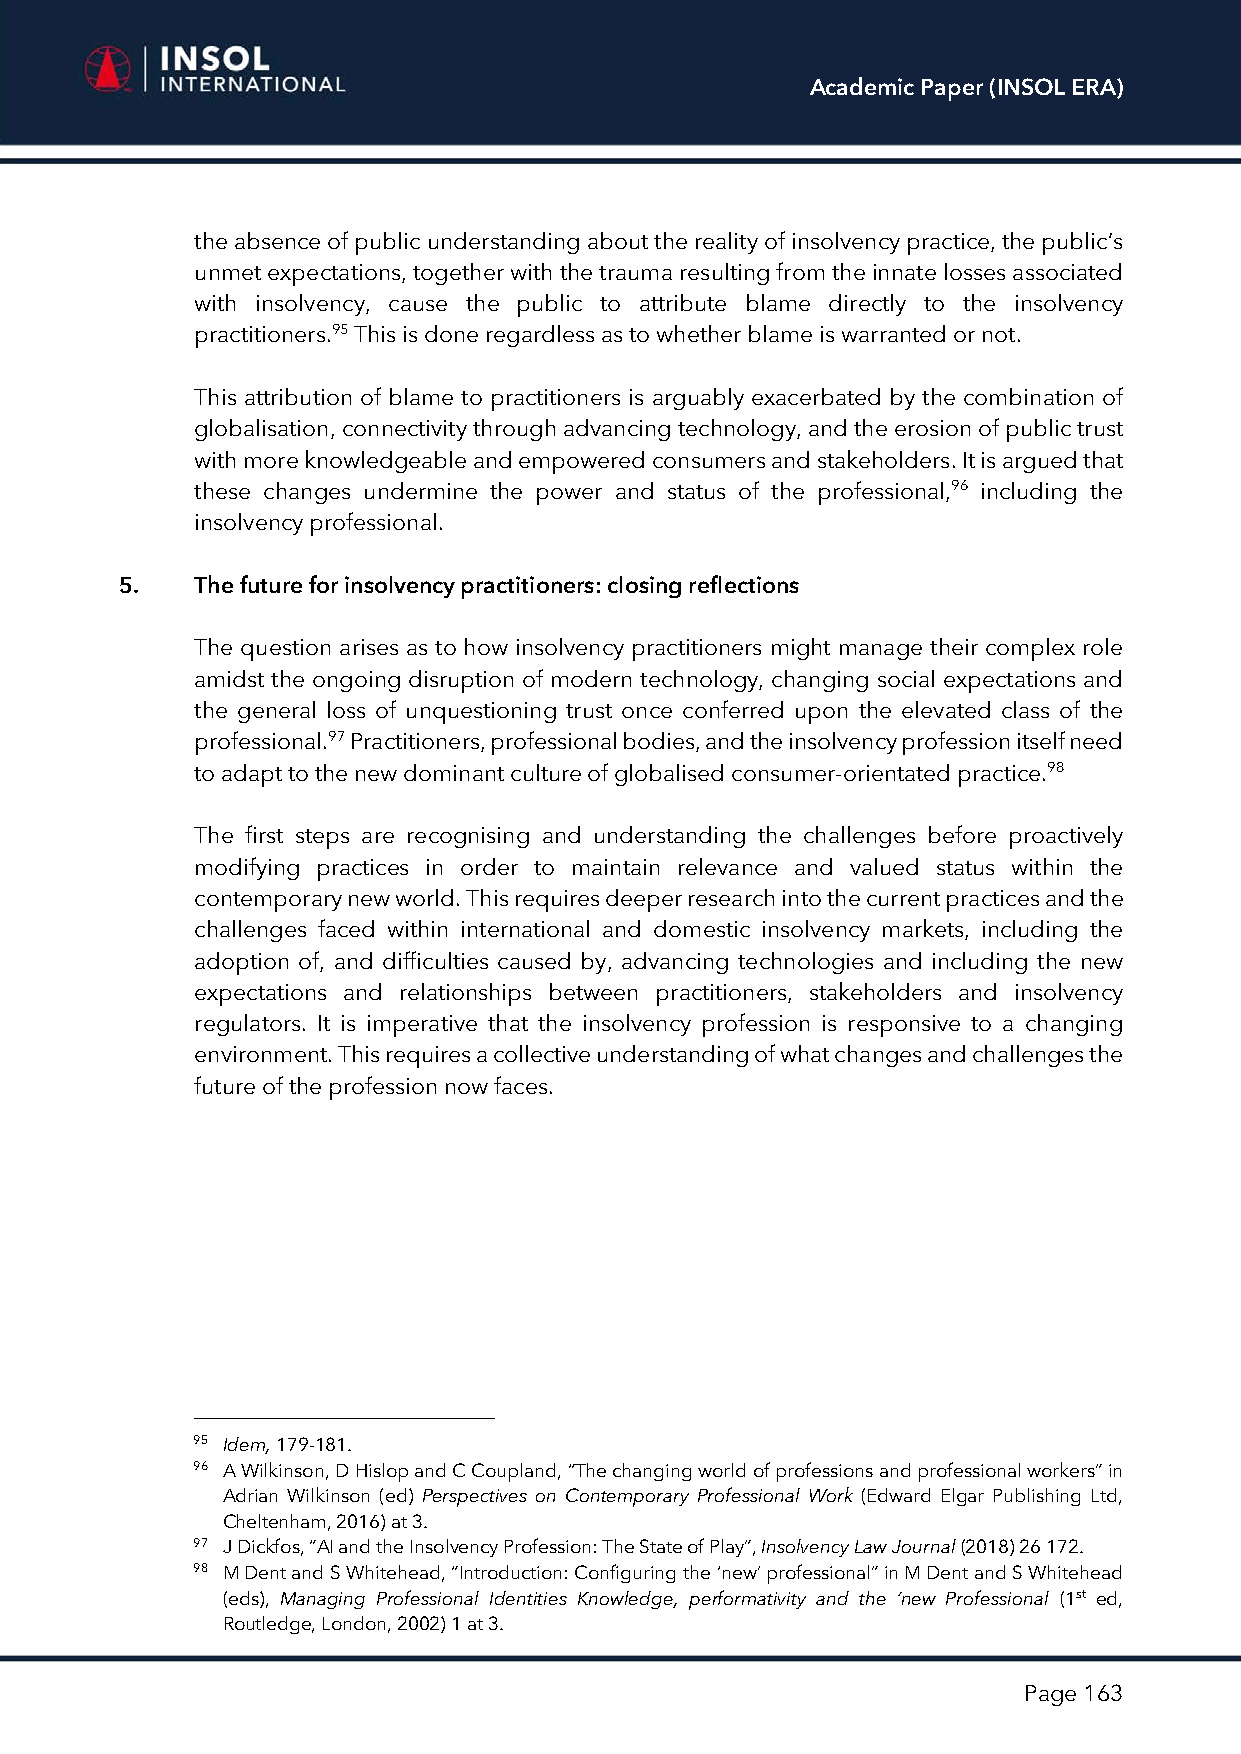
Academic Paper (INSOL ERA)
 the absence of public understanding about the reality of insolvency practice, the public’s
 unmet expectations, together with the trauma resulting from the innate losses associated
 with insolvency, cause the public to attribute blame directly to the insolvency
 practitioners.95 This is done regardless as to whether blame is warranted or not.
 This attribution of blame to practitioners is arguably exacerbated by the combination of
 globalisation, connectivity through advancing technology, and the erosion of public trust
 with more knowledgeable and empowered consumers and stakeholders. It is argued that
 these changes undermine the power and status of the professional,96 including the
 insolvency professional.
 5.   The future for insolvency practitioners: closing reflections
 The question arises as to how insolvency practitioners might manage their complex role
 amidst the ongoing disruption of modern technology, changing social expectations and
 the general loss of unquestioning trust once conferred upon the elevated class of the
 professional.97 Practitioners, professional bodies, and the insolvency profession itself need
 to adapt to the new dominant culture of globalised consumer-orientated practice.98
 The first steps are recognising and understanding the challenges before proactively
 modifying practices in order to maintain relevance and valued status within the
 contemporary new world. This requires deeper research into the current practices and the
 challenges faced within international and domestic insolvency markets, including the
 adoption of, and difficulties caused by, advancing technologies and including the new
 expectations and relationships between practitioners, stakeholders and insolvency
 regulators. It is imperative that the insolvency profession is responsive to a changing
 environment. This requires a collective understanding of what changes and challenges the
 future of the profession now faces.
 95 Idem, 179-181.
 96 A Wilkinson, D Hislop and C Coupland, “The changing world of professions and professional workers” in
 Adrian Wilkinson (ed) Perspectives on Contemporary Professional Work (Edward Elgar Publishing Ltd,
 Cheltenham, 2016) at 3.
 97 J Dickfos, “AI and the Insolvency Profession: The State of Play”, Insolvency Law Journal (2018) 26 172.
 98 M Dent and S Whitehead, “Introduction: Configuring the ‘new’ professional” in M Dent and S Whitehead
 (eds), Managing Professional Identities Knowledge, performativity and the ‘new Professional (1st ed,
 Routledge, London, 2002) 1 at 3.
 Page 163